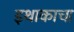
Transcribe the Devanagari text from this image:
इथाकाचा